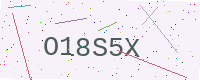
Text: O18S5X